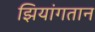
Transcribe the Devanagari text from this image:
झियांगतान